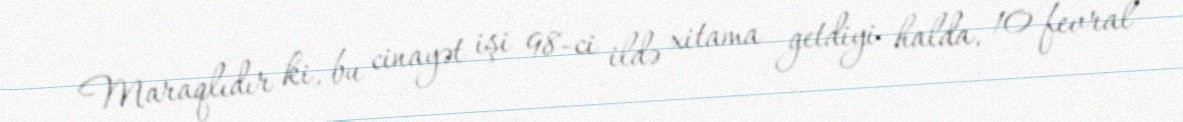
Maraqlıdır ki, bu cinayət işi 98-ci ildə xitama getdiyi halda, 10 fevral